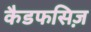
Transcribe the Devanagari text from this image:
कैडफसिज़